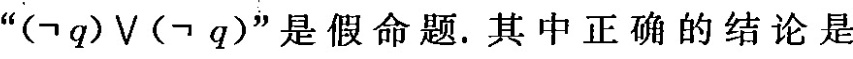
(\neg q)\vee(\neg q) 是假命题。其中正确的结论是